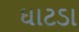
ઘાટડા